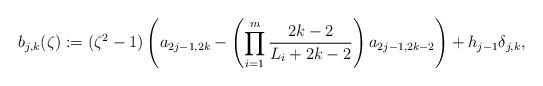
LaTeX: \begin{align*}b_{j,k}(\zeta):=(\zeta^2-1)\left(a_{2j-1,2k}-\left(\prod_{i=1}^m\frac{2k-2}{L_i+2k-2}\right)a_{2j-1,2k-2}\right)+h_{j-1}\delta_{j,k},\end{align*}